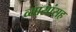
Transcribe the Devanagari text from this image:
व्यासांसह